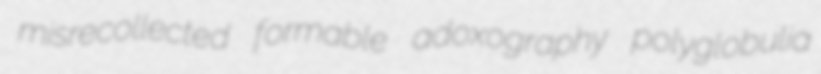
misrecollected formable adoxography polyglobulia